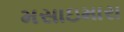
મસાઇમારા